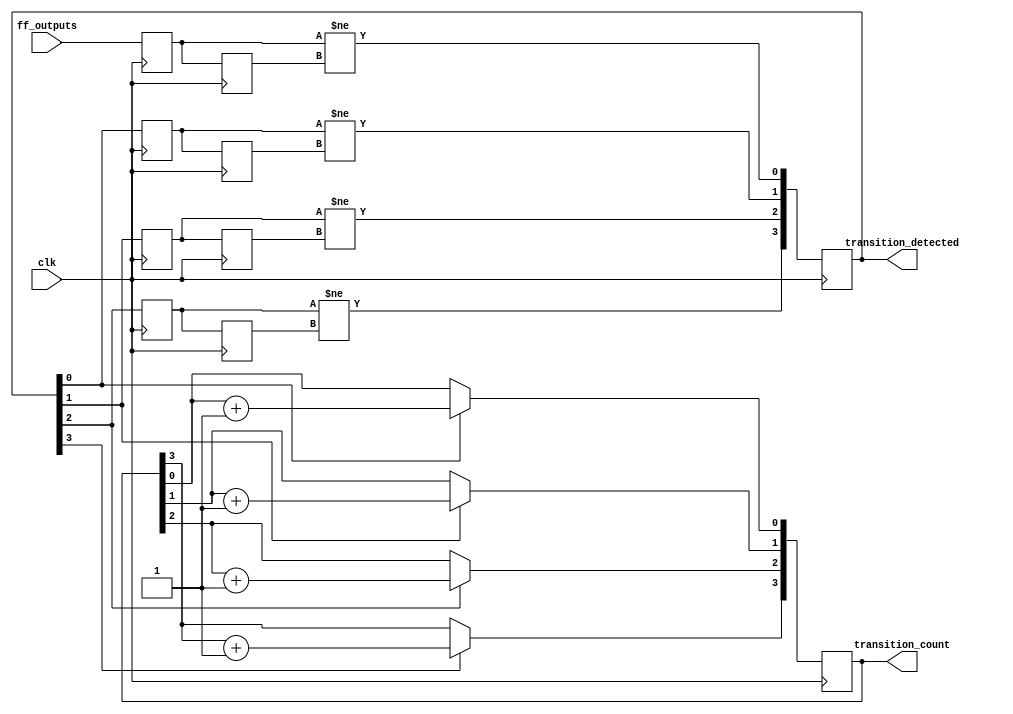
module flip_flop_detector #(
    parameter NUM_UNITS = 4, // Number of cascaded detection units
    parameter NUM_FLIP_FLOPS = 8 // Number of flip-flops to monitor
)(
    input wire clk, // Clock signal
    input wire [NUM_FLIP_FLOPS-1:0] ff_outputs, // Flip-flop outputs
    output reg [NUM_UNITS-1:0] transition_detected, // Transition detected signals for each unit
    output reg [NUM_UNITS-1:0] transition_count // Transition count for each unit
);

    // Memory blocks to store current and previous states
    reg [NUM_FLIP_FLOPS-1:0] current_state [0:NUM_UNITS-1];
    reg [NUM_FLIP_FLOPS-1:0] previous_state [0:NUM_UNITS-1];

    integer i, j;

    // Initialization
    initial begin
        for (i = 0; i < NUM_UNITS; i = i + 1) begin
            current_state[i] = 0;
            previous_state[i] = 0;
            transition_detected[i] = 0;
            transition_count[i] = 0;
        end
    end

    // Sequential logic for state detection and counting
    always @(posedge clk) begin
        for (i = 0; i < NUM_UNITS; i = i + 1) begin
            // Update previous state
            previous_state[i] <= current_state[i];

            // Update current state
            if (i == 0) begin
                current_state[i] <= ff_outputs; // First unit directly takes flip-flop outputs
            end else begin
                current_state[i] <= transition_detected[i-1]; // Subsequent units take output from previous unit
            end

            // Detect transitions
            transition_detected[i] <= (current_state[i] != previous_state[i]);

            // Increment transition count if a transition is detected
            if (transition_detected[i]) begin
                transition_count[i] <= transition_count[i] + 1;
            end
        end
    end

endmodule